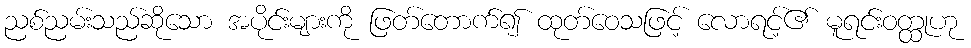
ညစ်ညမ်းသည်ဆိုသော အပိုင်းများကို ဖြတ်တောက်၍ ထုတ်ဝေသဖြင့် လောရင့်၏ မူရင်းဝတ္ထုဟု